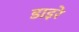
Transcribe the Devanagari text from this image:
डाइरे